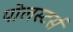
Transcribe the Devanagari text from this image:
पोलस्टर्स